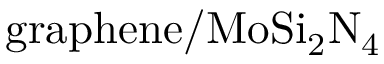
\mathrm { g r a p h e n e / M o S i _ { 2 } N _ { 4 } }